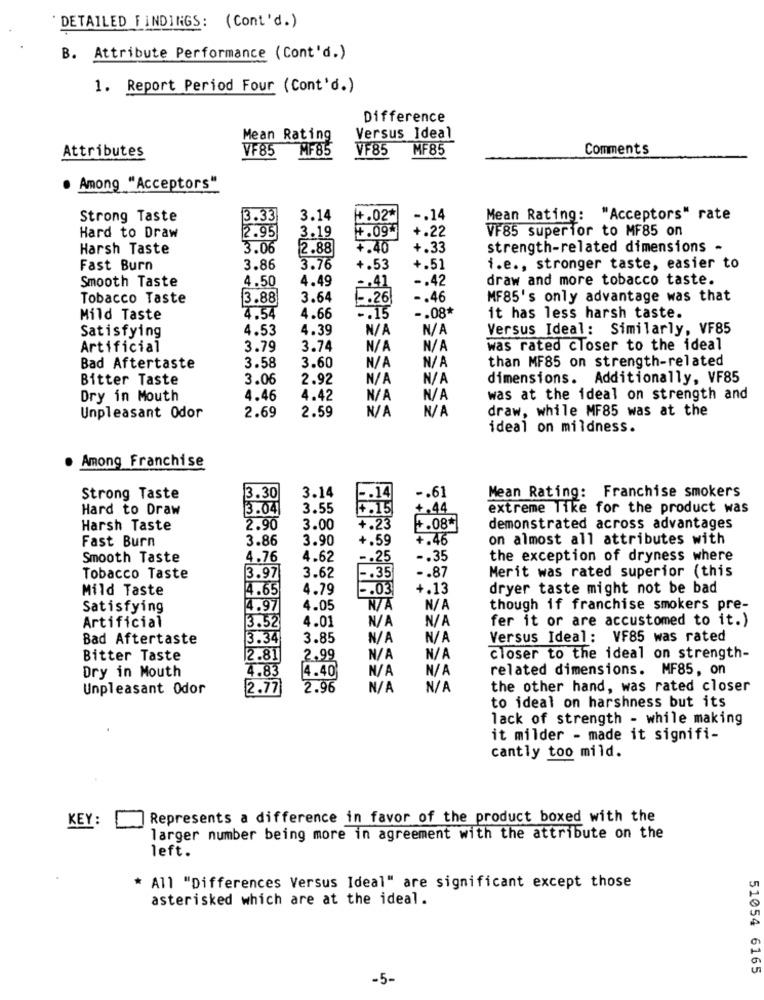
DETAILED FINDINGS: (Cont'd. )
B. Attribute Performance (Cont'd.)
1. Report Period Four (Cont'd.)
Difference
Mean Rating
Versus Ideal
VF85 MF85
VF85
MF85
Comments
Attributes
. Among "Acceptors"
Strong Taste
3.33
3.14
1.02*
-. 14
Mean Rating: "Acceptors" rate
3.19
4.09*
+.22
VF85 superior to MF85 on
Hard to Draw
2.95
Harsh Taste
3.06
2.88
+.40
+.33
strength-related dimensions -
Fast Burn
3.86
3.76
+.53
+.51
i.e ., stronger taste, easier to
Smooth Taste
4.50
4.49
-. 42
draw and more tobacco taste.
,41
Tobacco Taste
3.88
3.64
-. 26
-. 46
MF85's only advantage was that
Mild Taste
4.54
4.66
5:15
-. 08*
it has less harsh taste.
Satisfying
4.53
4.39
Versus Ideal: Similarly, VF85
Artificial
3.79
3.74
was rated closer to the ideal
than MF85 on strength-related
Bad Aftertaste
3.58
3.60
Bitter Taste
3.06
2.92
dimensions. Additionally, VF85
Dry in Mouth
4.46
4.42
was at the ideal on strength and
2.59
draw, while MF85 was at the
Unpleasant Odor
2.69
ideal on mildness.
Among Franchise
3.14
-. 61
Mean Rating: Franchise smokers
Strong Taste
3.30
Hard to Draw
3.04
3.55
+.44
extreme like for the product was
Harsh Taste
2.90
3.00
+.23
4.08*
demonstrated across advantages
Fast Burn
3.86
3.90
+.59
+.46
on almost all attributes with
Smooth Taste
4.76
4.62
-. 25
-. 35
the exception of dryness where
-. 87
Merit was rated superior (this
Tobacco Taste
3.97
3.62
-. 35
Mild Taste
4.65
4.79
-. 03
+.13
dryer taste might not be bad
Satisfying
4.97
4.05
though if franchise smokers pre-
4.01
fer it or are accustomed to it.)
Artificial
3.52
Bad Aftertaste
3.34
3.85
Versus Ideal: VF85 was rated
Bitter Taste
2.81
2.99
closer to the ideal on strength-
Dry in Mouth
4.83
related dimensions. MF85, on
4.40
Unpleasant Odor
2.77
2.96
the other hand, was rated closer
to ideal on harshness but its
lack of strength - while making
it milder - made it signifi-
cantly too mild.
KEY :
Represents a difference in favor of the product boxed with the
larger number being more in agreement with the attribute on the
left.
* All "Differences Versus Ideal" are significant except those
asterisked which are at the ideal.
51054 6165
-5-